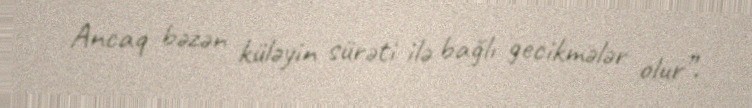
Ancaq bəzən küləyin sürəti ilə bağlı gecikmələr olur”.